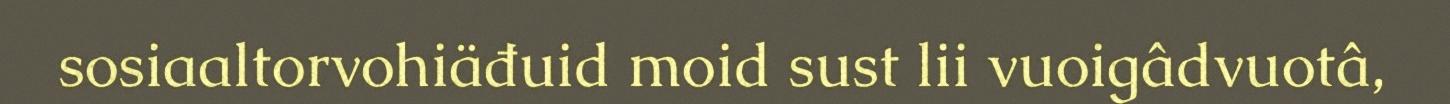
sosiaaltorvohiäđuid moid sust lii vuoigâdvuotâ,